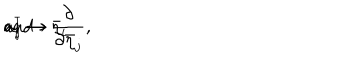
LaTeX: { \bf a } _ { i } ^ { \dagger } \rightarrow \bar { \eta } _ { i } \hspace { 1 c m } \mathrm { a n d } \hspace { 1 c m } { \bf a } _ { j } \rightarrow \frac { \partial } { \partial \bar { \eta } _ { j } } ,